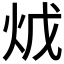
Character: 𤇦